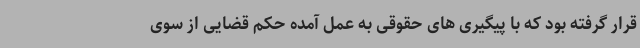
قرار گرفته بود که با پیگیری های حقوقی به عمل آمده حکم قضایی از سوی